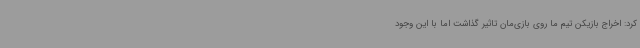
کرد: اخراج بازیکن تیم ما روی بازی‌مان تاثیر گذاشت اما با این وجود